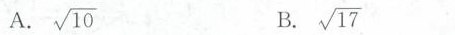
A. \sqrt{10} B. \sqrt{17}